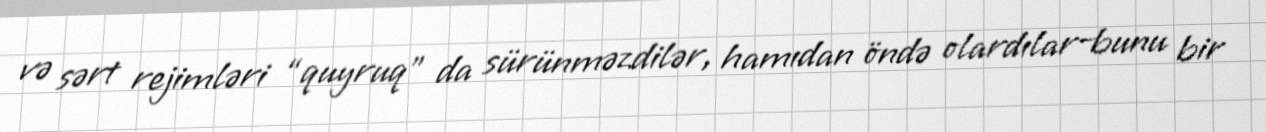
və sərt rejimləri “quyruq” da sürünməzdilər, hamıdan öndə olardılar–bunu bir